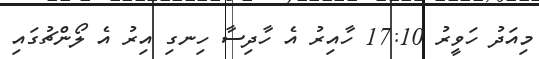
މިއަދު ހަވީރު 17:10 ހާއިރު އެ ހާދިސާ ހިނގި އިރު އެ ލޯންޗުގައި